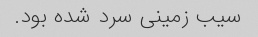
سیب زمینی سرد شده بود.